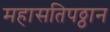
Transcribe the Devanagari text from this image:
महासतिपठ्ठान